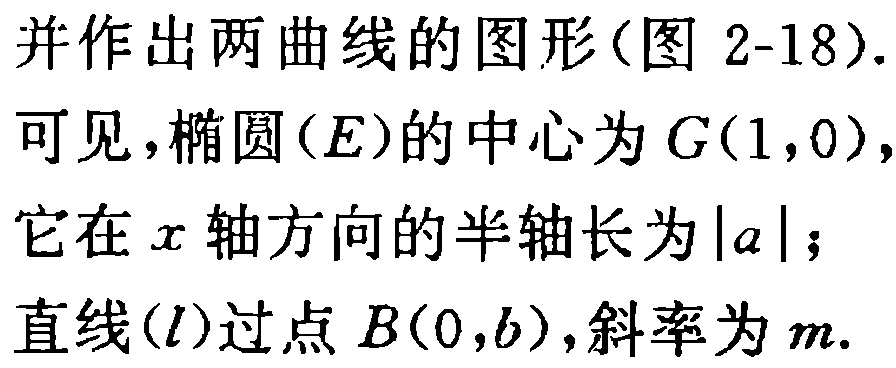
并作出两曲线的图形(图 2-18).
可见,椭圆\((E)\)的中心为\(G(1,0)\),
它在\(x\)轴方向的半轴长为\(\vert a\vert\);
直线\((l)\)过点\(B(0,b)\),斜率为\(m\).